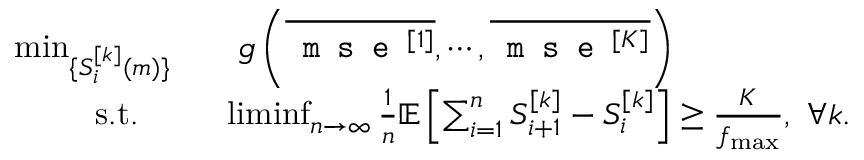
\begin{array} { r l } { \operatorname* { m i n } _ { \{ S _ { i } ^ { [ k ] } ( m ) \} } } & { \quad g \left( \overline { { \texttt { m s e } ^ { [ 1 ] } } } , \cdots , \overline { { \texttt { m s e } ^ { [ K ] } } } \right) } \\ { \mathrm { s . t . ~ ~ ~ } } & { ~ ~ \operatorname* { l i m i n f } _ { n \rightarrow \infty } \frac { 1 } { n } \mathbb { E } \left[ \sum _ { i = 1 } ^ { n } S _ { i + 1 } ^ { [ k ] } - S _ { i } ^ { [ k ] } \right] \geq \frac { K } { f _ { \operatorname* { m a x } } } , ~ \forall k . } \end{array}